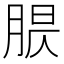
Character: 𦝈